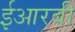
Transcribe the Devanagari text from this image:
ईआरबी